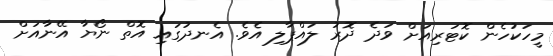
މީހަކުހެން ކޮޓަރިއަށް ވަދެ ދޮރު ލައްޕާލި އެވެ. އެނދުގައި އޮތް ނޯޔާ އޭނާއަށް